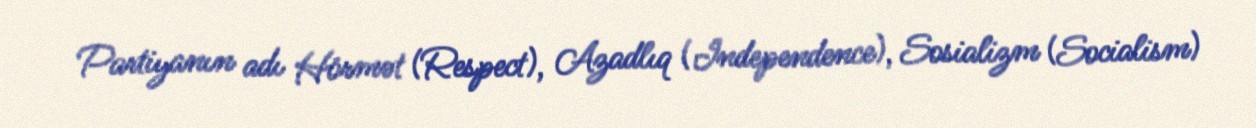
Partiyanın adı Hörmət (Respect), Azadlıq (Independence), Sosializm (Socialism)